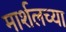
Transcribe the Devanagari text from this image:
मार्शलच्या